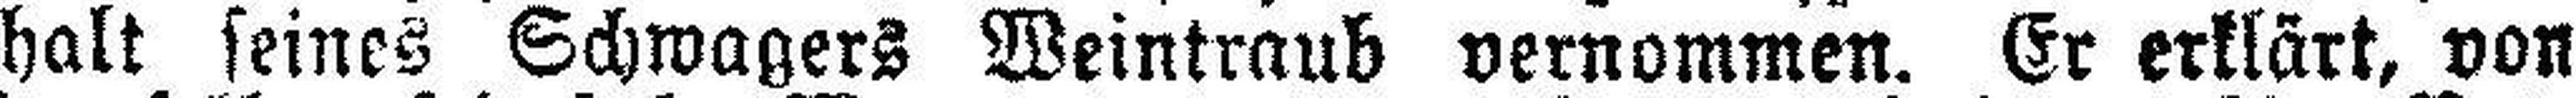
halt seines Schwagers Weintraub vernommen. Er erklärt, von